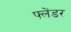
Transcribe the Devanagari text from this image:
फ्लेंडर